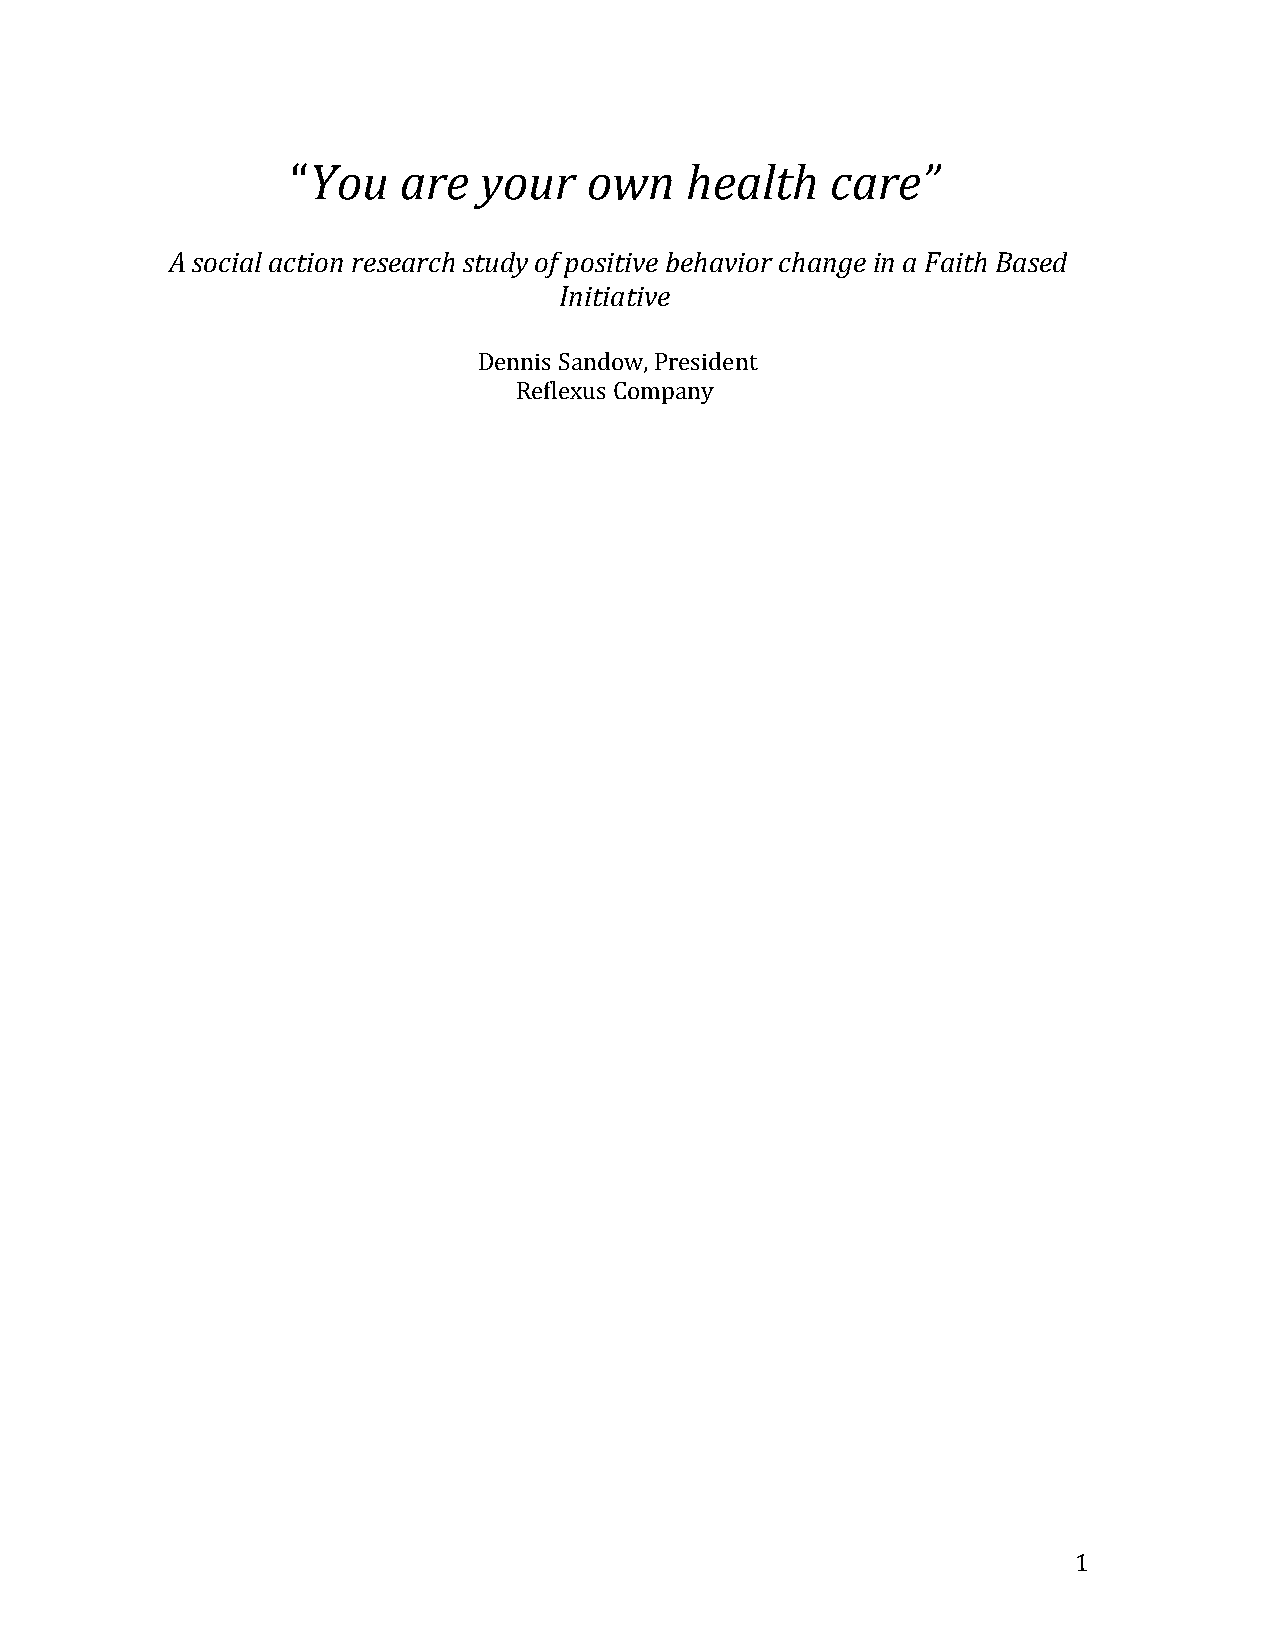
“You$are$your$own$health$care”$
 $
 $A$social$action$research$study$of$positive$behavior$change$in$a$Faith$Based$
 Initiative$$
 $
 !Dennis!Sandow,!President!
 Reflexus!Company!
 !
 !                   !
 !                                                             1!